Lunatic asylums Punjab 1911-1921 - 1911-1921
Year: 1911
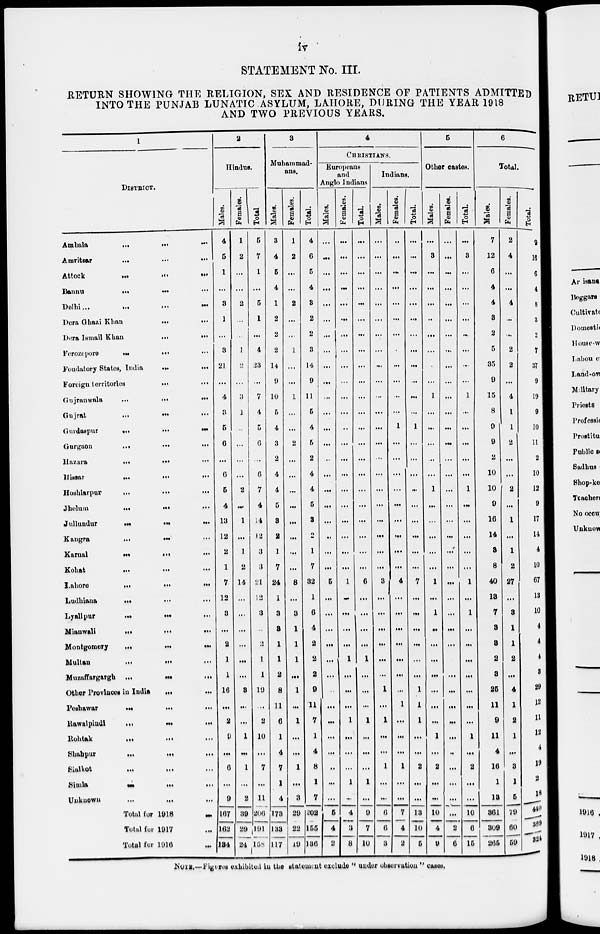
iv
STATEMENT No. III.
RETURN SHOWING THE RELIGION, SEX AND RESIDENCE OF PATIENTS ADMITTED
INTO THE PUNJAB LUNATIC ASYLUM, LAHORE, DURING THE YEAR 1918
AND TWO PREVIOUS YEARS.
1
DISTRICT.
Ambala
...
...
...
Amritsar
...
...
...
Attock
...
...
...
Bannu
...
...
...
Delhi
...
...
...
Dera Ghazi Khan ... ...
Dera Ismail Khan ... ...
Ferozepore
...
...
...
Feudatory States, India
...
...
Foreign territories ... ...
Gujranwala ... ... ...
Gujrat
...
...
...
Gurdaspur
...
...
...
Gurgaon
...
...
...
Hazara
...
...
...
Hissar
...
...
...
Hoshiarpar
...
...
...
Jhelum ... ... ...
Jullundur
...
...
...
Kangra
...
...
...
Karnal
...
...
...
Kohat
...
...
...
Lahore ... ... ...
Ludhiana
...
...
...
Lyallpur
...
...
...
Mianwali
...
...
...
Montgomery
...
...
...
Multan
...
...
...
Muzaffargargh
...
...
...
Other Provinces in India ... ...
Peshawar
...
...
...
Rawalpindi
...
...
...
Rohtak
...
...
...
Shahpur
...
...
...
Sialkot
...
...
...
Simla
...
...
...
Unknown
...
...
...
Total for 1918 ... ... ...
Total for 1917 ... ... ...
Total for 1916 ... ... ...
2
Hindus.
Males.
4
5
1
...
3
1
...
3
21
...
4
3
5
6
...
6
5
4
13
12
2
1
7
12
3
...
2
1
1
16
...
2
9
...
6
...
9
167
162
134
Females.
1
2
...
...
2
...
...
1
2
...
3
1
...
...
...
...
2
...
1
...
1
2
14
...
...
...
...
...
...
3
...
...
1
...
1
...
2
39
29
24
Total.
5
7
1
...
5
1
...
4
23
...
7
4
5
6
...
6
7
4
14
12
3
3
21
12
3
...
2
1
1
19
...
2
10
...
7
...
11
206
191
158
3
Muhammad-
ans.
Males.
3
4
5
4
1
2
2
2
14
9
10
5
4
3
2
4
4
5
3
2
1
7
24
1
3
3
1
1
2
8
11
6
1
4
7
1
4
173
133
117
Females.
1
2
...
...
2
...
...
1
...
...
1
...
...
2
...
...
...
...
...
...
...
...
8
...
3
1
1
1
...
1
...
1
...
...
1
...
3
29
22
19
Total.
4
6
5
4
3
2
2
3
14
9
11
5
4
5
2
4
4
5
3
2
1
7
32
1
6
4
2
2
2
9
11
7
1
4
8
1
7
202
155
136
4
CHRISTIANS.
Europeans
and
Anglo Indians
Males.
...
...
...
...
...
...
...
...
...
...
...
...
...
...
...
...
...
...
...
...
...
...
5
...
...
...
...
...
...
...
...
...
...
...
...
...
...
5
4
2
Females.
...
...
...
...
...
...
...
...
...
...
...
...
...
...
...
...
...
...
...
...
...
...
1
...
...
...
...
1
...
...
...
1
...
...
...
1
...
4
3
8
Total.
...
...
...
...
...
...
...
...
...
...
...
...
...
...
...
...
...
...
...
...
...
...
6
...
...
...
...
1
...
...
...
1
...
...
...
1
...
9
7
10
Indians.
Males.
...
...
...
...
...
...
...
...
...
...
...
...
...
...
...
...
...
...
...
...
...
...
3
...
...
...
...
...
...
1
...
1
...
...
1
...
...
6
6
3
Females.
...
...
...
...
...
...
...
...
...
...
...
...
1
...
...
...
...
...
...
...
...
...
4
...
...
...
...
...
...
...
1
...
...
...
1
...
...
7
4
2
Total.
...
...
...
...
...
...
...
...
...
...
...
...
1
...
...
...
...
...
...
...
...
...
7
...
...
...
...
...
...
1
1
1
...
...
2
...
...
13
10
5
5
Other castes.
Males.
...
3
...
...
...
...
...
...
...
...
1
...
...
...
...
...
1
...
...
...
...
...
1
...
1
...
...
...
...
...
...
...
1
...
2
...
...
10
4
9
Females.
...
...
...
...
...
...
...
...
...
...
...
...
...
...
...
...
...
...
...
...
...
...
...
...
...
...
...
...
...
...
...
...
...
...
...
...
...
2
6
Total.
...
3
...
...
...
...
...
...
...
...
1
...
...
...
...
...
1
...
...
...
...
...
1
...
1
...
...
...
...
...
...
...
1
...
2
...
...
10
6
16
6
Total.
Males.
7
12
6
4
4
3
2
5
35
9
15
8
9
9
2
10
10
9
16
14
3
8
40
13
7
3
3
2
3
25
11
9
11
4
16
1
13
361
309
266
Females.
2
4
...
...
4
...
...
2
2
...
4
1
1
2
...
...
2
...
1
...
1
2
27
...
3
1
1
2
...
4
1
2
1
...
3
1
5
79
60
59
Total.
9
16
6
4
8
3
2
7
37
9
19
9
10
11
2
10
12
9
17
14
4
10
67
13
10
4
4
4
3
29
12
11
12
4
19
2
18
440
369
324
NOTE.—Figures exhibited in the statement exclude " under observation " cases.